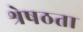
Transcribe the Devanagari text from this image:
श्रेषठता